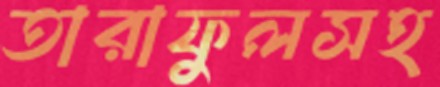
তারাফুলসহ